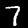
Digit: 7